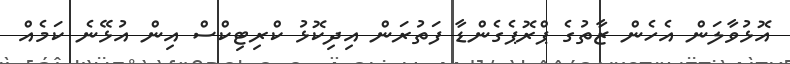
އޮޅުވާލަން އެހެން ޒާތުގެ ޕްރޮޕެގެންޑާ ފަތުރަން އިދިކޮޅު ކްރިޓިކްސް އިން އުޅޭނެ ކަމެއް